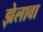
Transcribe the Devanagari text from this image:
झेलावा